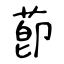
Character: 莭